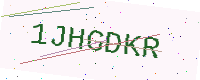
Text: 1JHGDKR